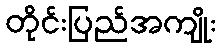
တိုင်းပြည်အကျိုး